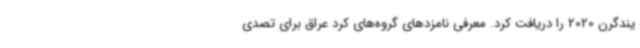
یندگرن 2020 را دریافت کرد. معرفی نامزدهای گروه‌های کرد عراق برای تصدی